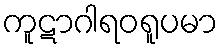
ကူဋာဂါရဝရူပမာ